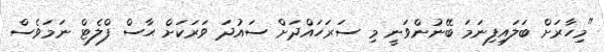
"މިހާރަށް ބަލައިފިނަމަ ބޭނުންވަނީ މި ސަރަހައްދަށް ސައުދަ ވަރަކަށް ޙާސް ފްލެޓް ނަމަވެސް